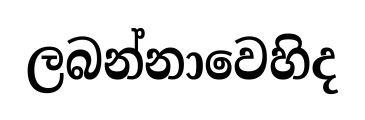
ලබන්නාවෙහිද